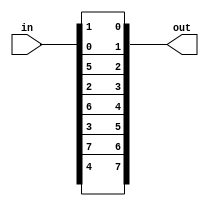
module p8(
input wire [0:9] in,
output wire [7:0] out
);

//index is -1 because it starts at 0
assign out = {in[5],in[2],in[6],in[3],in[7],in[4],in[9],in[8]};

endmodule